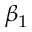
\beta _ { 1 }